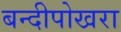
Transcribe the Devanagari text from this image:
बन्दीपोखरा